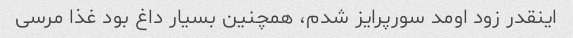
اینقدر زود اومد سورپرایز شدم، همچنین بسیار داغ بود غذا مرسی